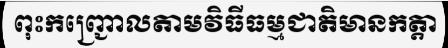
ពុះកញ្ជ្រោលតាមវិធីធម្មជាតិមានកត្តា